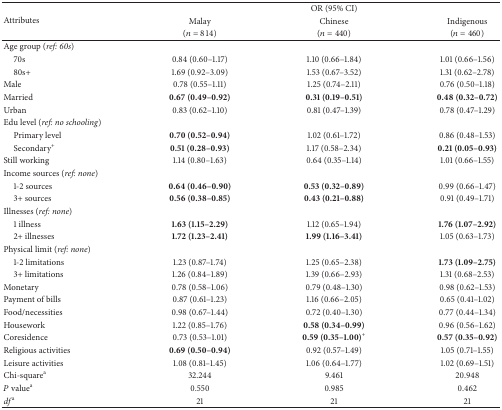
<table><thead><tr><td rowspan="3"><b>Attributes</b></td><td colspan="3"><b>OR (95% CI)</b></td></tr><tr><td><b>Malay </b></td><td><b>Chinese</b></td><td><b>Indigenous</b></td></tr><tr><td><b>(<i>n</i> = 814)</b></td><td><b>(<i>n</i> = 440)</b></td><td><b>(<i>n</i> = 460)</b></td></tr></thead><tbody><tr><td>Age group (<i>ref: 60s</i>)</td><td> </td><td> </td><td> </td></tr><tr><td> 70s</td><td>0.84 (0.60–1.17)</td><td>1.10 (0.66–1.84)</td><td>1.01 (0.66–1.56)</td></tr><tr><td> 80s+</td><td>1.69 (0.92–3.09)</td><td>1.53 (0.67–3.52)</td><td>1.31 (0.62–2.78)</td></tr><tr><td>Male</td><td>0.78 (0.55–1.11)</td><td>1.25 (0.74–2.11)</td><td>0.76 (0.50–1.18)</td></tr><tr><td>Married</td><td><b>0.67 (0.49–0.92)</b></td><td><b>0.31 (0.19–0.51)</b></td><td><b>0.48 (0.32–0.72)</b></td></tr><tr><td>Urban</td><td>0.83 (0.62–1.10)</td><td>0.81 (0.47–1.39)</td><td>0.78 (0.47–1.29)</td></tr><tr><td>Edu level (<i>ref: no schooling</i>)</td><td> </td><td> </td><td> </td></tr><tr><td> Primary level</td><td><b>0.70 (0.52–0.94)</b></td><td>1.02 (0.61–1.72)</td><td>0.86 (0.48–1.53)</td></tr><tr><td> Secondary<sup>+</sup></td><td><b>0.51 (0.28–0.93)</b></td><td>1.17 (0.58–2.34)</td><td><b>0.21 (0.05–0.93)</b></td></tr><tr><td>Still working</td><td>1.14 (0.80–1.63)</td><td>0.64 (0.35–1.14)</td><td>1.01 (0.66–1.55)</td></tr><tr><td>Income sources (<i>ref: none</i>)</td><td> </td><td> </td><td> </td></tr><tr><td> 1-2 sources</td><td><b>0.64 (0.46–0.90)</b></td><td><b>0.53 (0.32–0.89)</b></td><td>0.99 (0.66–1.47)</td></tr><tr><td> 3+ sources</td><td><b>0.56 (0.38–0.85)</b></td><td><b>0.43 (0.21–0.88)</b></td><td>0.91 (0.49–1.71)</td></tr><tr><td>Illnesses (<i>ref: none</i>)</td><td> </td><td> </td><td> </td></tr><tr><td> 1 illness</td><td><b>1.63 (1.15–2.29)</b></td><td>1.12 (0.65–1.94)</td><td><b>1.76 (1.07–2.92)</b></td></tr><tr><td> 2+ illnesses</td><td><b>1.72 (1.23–2.41)</b></td><td><b>1.99 (1.16–3.41)</b></td><td>1.05 (0.63–1.73)</td></tr><tr><td>Physical limit (<i>ref: none</i>)</td><td> </td><td> </td><td> </td></tr><tr><td> 1-2 limitations</td><td>1.23 (0.87–1.74)</td><td>1.25 (0.65–2.38)</td><td><b>1.73 (1.09–2.75)</b></td></tr><tr><td> 3+ limitations</td><td>1.26 (0.84–1.89)</td><td>1.39 (0.66–2.93)</td><td>1.31 (0.68–2.53)</td></tr><tr><td>Monetary</td><td>0.78 (0.58–1.06)</td><td>0.79 (0.48–1.30)</td><td>0.98 (0.62–1.53)</td></tr><tr><td>Payment of bills</td><td>0.87 (0.61–1.23)</td><td>1.16 (0.66–2.05)</td><td>0.65 (0.41–1.02)</td></tr><tr><td>Food/necessities</td><td>0.98 (0.67–1.44)</td><td>0.72 (0.40–1.30)</td><td>0.77 (0.44–1.34)</td></tr><tr><td>Housework</td><td>1.22 (0.85–1.76)</td><td><b>0.58 (0.34–0.99)</b></td><td>0.96 (0.56–1.62)</td></tr><tr><td>Coresidence</td><td>0.73 (0.53–1.01)</td><td><b>0.59 (0.35–1.00)</b><sup>+</sup></td><td><b>0.57 (0.35–0.92)</b></td></tr><tr><td>Religious activities</td><td><b>0.69 (0.50–0.94)</b></td><td>0.92 (0.57–1.49)</td><td>1.05 (0.71–1.55)</td></tr><tr><td>Leisure activities</td><td>1.08 (0.81–1.45)</td><td>1.06 (0.64–1.77)</td><td>1.02 (0.69–1.51)</td></tr><tr><td>Chi-square<sup>a</sup></td><td>32.244</td><td>9.461</td><td>20.948</td></tr><tr><td><i>P</i> value<sup>a</sup></td><td>0.550</td><td>0.985</td><td>0.462</td></tr><tr><td><i>df</i><sup>a</sup></td><td>21</td><td>21</td><td>21</td></tr></tbody></table>